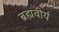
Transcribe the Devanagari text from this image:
ब्रह्मवीर्य